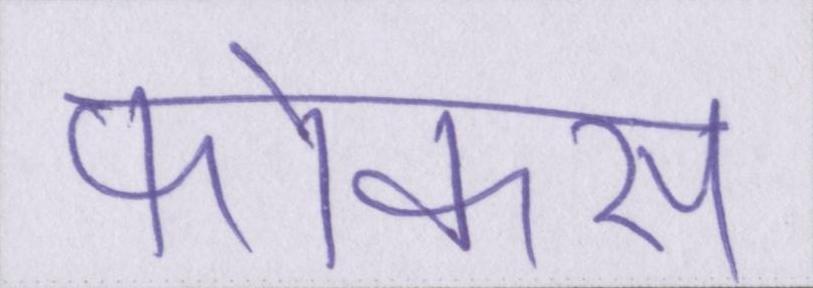
फोकस